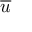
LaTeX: \overline { { u } }